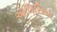
ઍલિસિયા